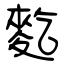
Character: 麧